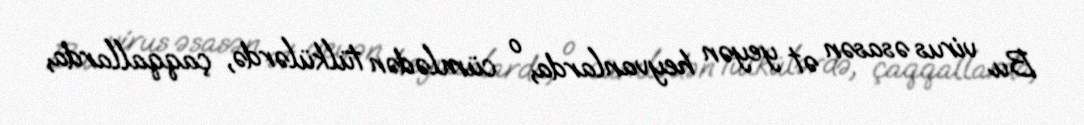
Bu virus əsasən ət yeyən heyvanlarda, o cümlədən tülkülərdə, çaqqallarda,